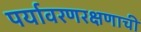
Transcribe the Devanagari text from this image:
पर्यावरणरक्षणाची